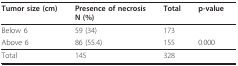
| Tumor size (cm) | Presence of necrosisN (%) | Total | p-value |
 | --- | --- | --- | --- |
 | Below 6 | 59 (34) | 173 |  |
 | Above 6 | 86 (55.4) | 155 | 0.000 |
 | Total | 145 | 328 |  |